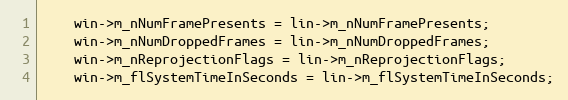
Language: C++
    win->m_nNumFramePresents = lin->m_nNumFramePresents;
    win->m_nNumDroppedFrames = lin->m_nNumDroppedFrames;
    win->m_nReprojectionFlags = lin->m_nReprojectionFlags;
    win->m_flSystemTimeInSeconds = lin->m_flSystemTimeInSeconds;